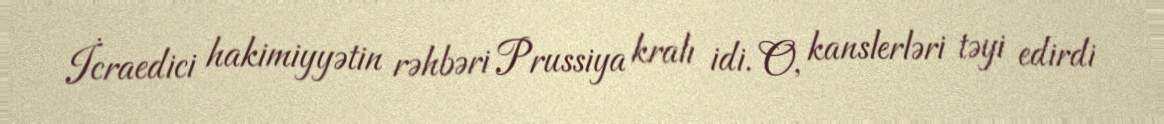
İcraedici hakimiyyətin rəhbəri Prussiya kralı idi. O, kanslerləri təyi edirdi